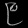
Digit: ၉